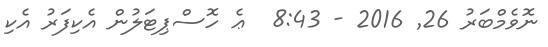
ނޮވެމްބަރު 26